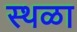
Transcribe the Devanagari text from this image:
स्थळा